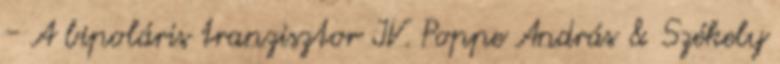
- A bipoláris tranzisztor IV. Poppe András & Székely